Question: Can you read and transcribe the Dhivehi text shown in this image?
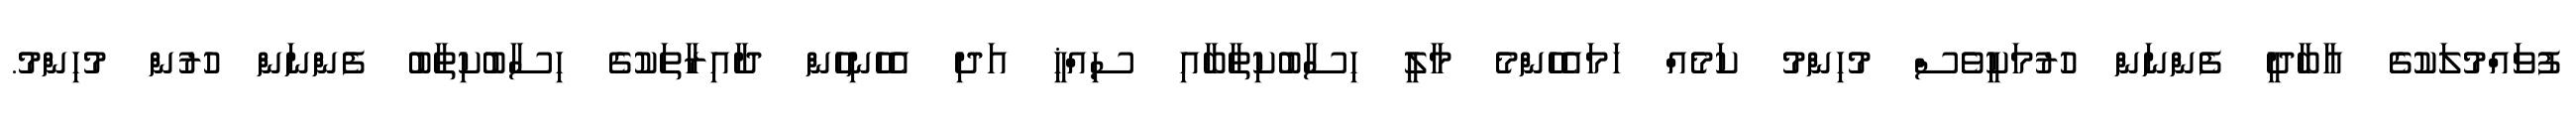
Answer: ފުވައްމުލަކުގެ އާބާދީ ފެންނަން ހުރުމަކީވެސް މުހިންމު ކަމެއް ހަމައެހެންމެ މާލީ ހިސާބުކިތާބާއި ސިއްޚީ އަދި އެހެނިހެން ދާއިރާތަކުގެ ހިސާބުކިތާބު ފެންނަން ހުރުން މުހިންމު.